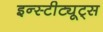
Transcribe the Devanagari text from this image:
इन्स्टीट्यूट्स